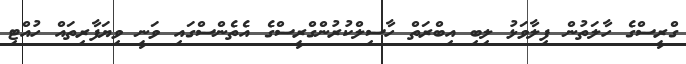
ގްރީސްގެ ހާލަތުން ފިލާވަޅު ލިބި އިބްރަތް ހާސިލްކުރުންގްރީސްގެ އެތެންސްގައި ވަނީ ވިޔަފާރިތައް ހުއްޓި